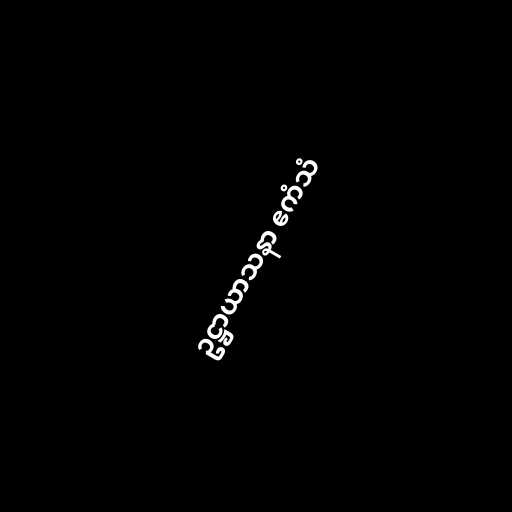
ဥဋ္ဌာယာသနာ ဧကံသံ